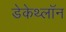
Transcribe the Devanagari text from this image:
डेकेथ्लॉन